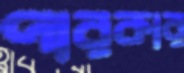
পারকার